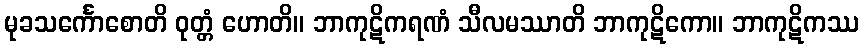
မုခသင်္ကောစောတိ ဝုတ္တံ ဟောတိ။ ဘာကုဋိကရဏံ သီလမဿာတိ ဘာကုဋိကော။ ဘာကုဋိကဿ